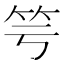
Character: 𥫡